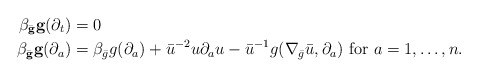
\begin{align*}\beta_{\bar {\mathbf{g}}} \mathbf {g} (\partial_t)&=0\\\beta_{\bar {\mathbf{g}}} \mathbf {g} (\partial_a ) &=\beta_{\bar g} g(\partial_a ) + \bar u^{-2} u \partial_a u -\bar u^{-1} g(\nabla_{\bar g}\bar u, \partial_a )\mbox{ for $a=1,\dots, n$}.\end{align*}